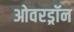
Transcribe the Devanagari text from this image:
ओवरड्रॉन